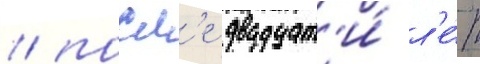
/ посл'е двадцат'и́ л'е́т